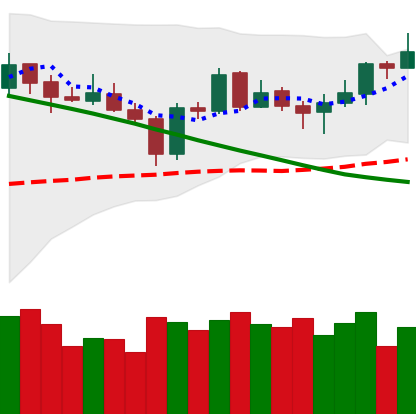
Ticker: NEO-USD
Chart end date: 2019-03-16
Forward return: -5.101%
Label: down_5_7